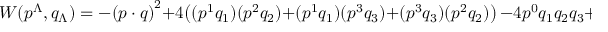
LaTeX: W ( p ^ { \Lambda } , q _ { \Lambda } ) = - { ( p \cdot q ) } ^ { 2 } + 4 \bigl ( ( p ^ { 1 } q _ { 1 } ) ( p ^ { 2 } q _ { 2 } ) + ( p ^ { 1 } q _ { 1 } ) ( p ^ { 3 } q _ { 3 } ) + ( p ^ { 3 } q _ { 3 } ) ( p ^ { 2 } q _ { 2 } ) \bigr ) \, - 4 p ^ { 0 } q _ { 1 } q _ { 2 } q _ { 3 } + 4 q _ { 0 } p ^ { 1 } p ^ { 2 } p ^ { 3 } \ .